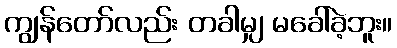
ကျွန်တော်လည်း တခါမျှ မခေါ်ခဲ့ဘူး။